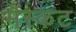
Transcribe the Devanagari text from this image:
मॅस्कट